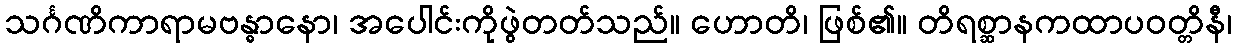
သင်္ဂဏိကာရာမဗန္ဓာနော၊ အပေါင်းကိုဖွဲတတ်သည်။ ဟောတိ၊ ဖြစ်၏။ တိရစ္ဆာနကထာပဝတ္တိနီ၊